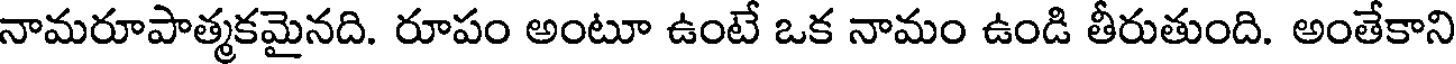
నామరూపాత్మకమైనది. రూపం అంటూ ఉంటే ఒక నామం ఉండి తీరుతుంది. అంతేకాని